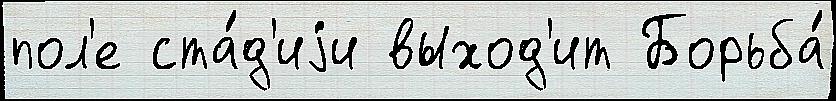
пол'е ста́д'иjи выход'ит Борьба́